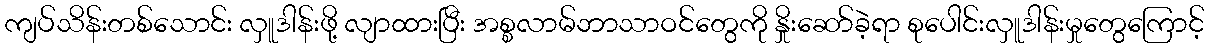
ကျပ်သိန်းတစ်သောင်း လှူဒါန်းဖို့ လျာထားပြီး အစ္စလာမ်ဘာသာဝင်တွေကို နှိုးဆော်ခဲ့ရာ စုပေါင်းလှူဒါန်းမှုတွေကြောင့်